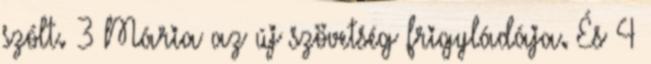
szólt. 3 Mária az új szövetség frigyládája. És 4